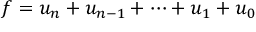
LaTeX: f = u _ { n } + u _ { n - 1 } + \dots + u _ { 1 } + u _ { 0 }